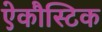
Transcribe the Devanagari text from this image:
ऐकौस्टिक